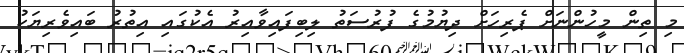
މި ތިން މީހުންނަށް ޕެރިހަށް ދިޔުމުގެ ފުރުސަތު ލިބިފައިވާއިރު އެކުގައި އިތުރު ބައިވެރިޔަކު